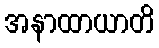
အနာထာယာတိ